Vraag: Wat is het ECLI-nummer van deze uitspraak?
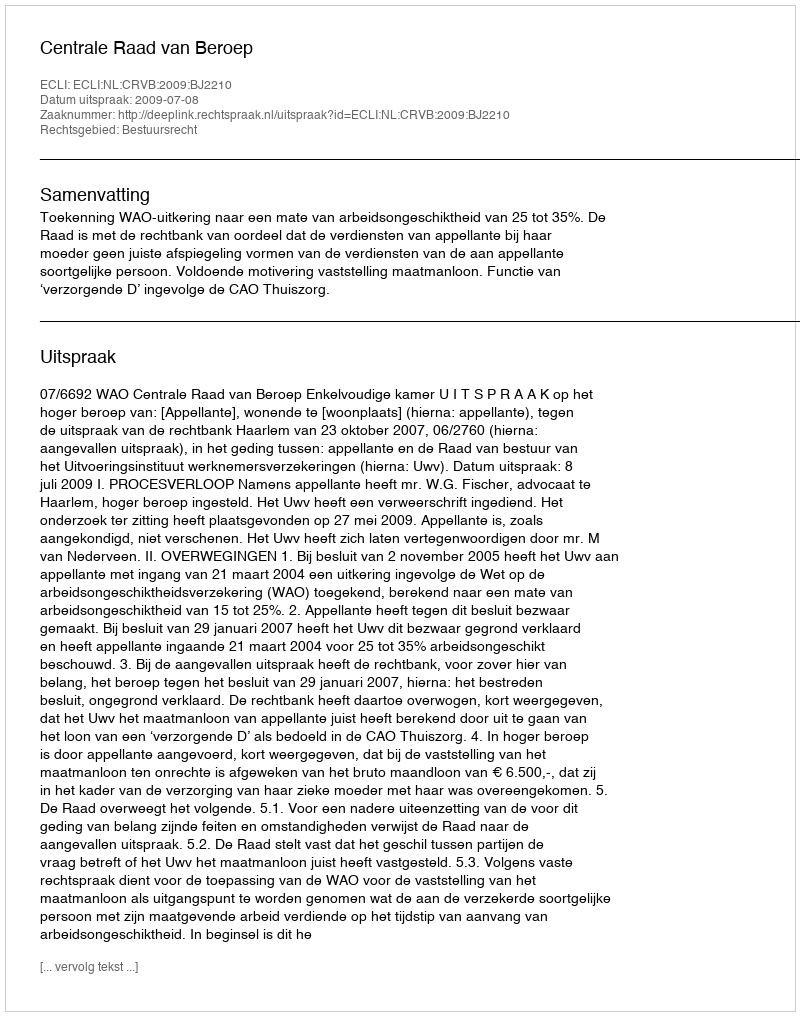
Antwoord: ECLI:NL:CRVB:2009:BJ2210